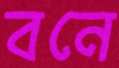
বনে